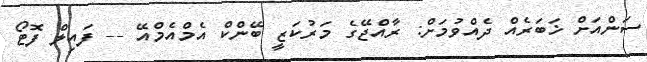
ސަންއަށް ޚަބަރެއް ދެއްވުމަށް: ރާއްޖޭގެ މަރުކަޒީ ބޭންކް އެމްއެމްްއޭ -- ފައިލް ފޮޓޯ